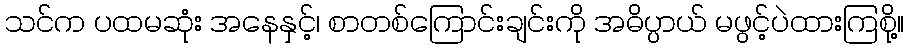
သင်က ပထမဆုံး အနေနှင့်၊ စာတစ်ကြောင်းချင်းကို အဓိပ္ပာယ် မဖွင့်ပဲထားကြစို့။